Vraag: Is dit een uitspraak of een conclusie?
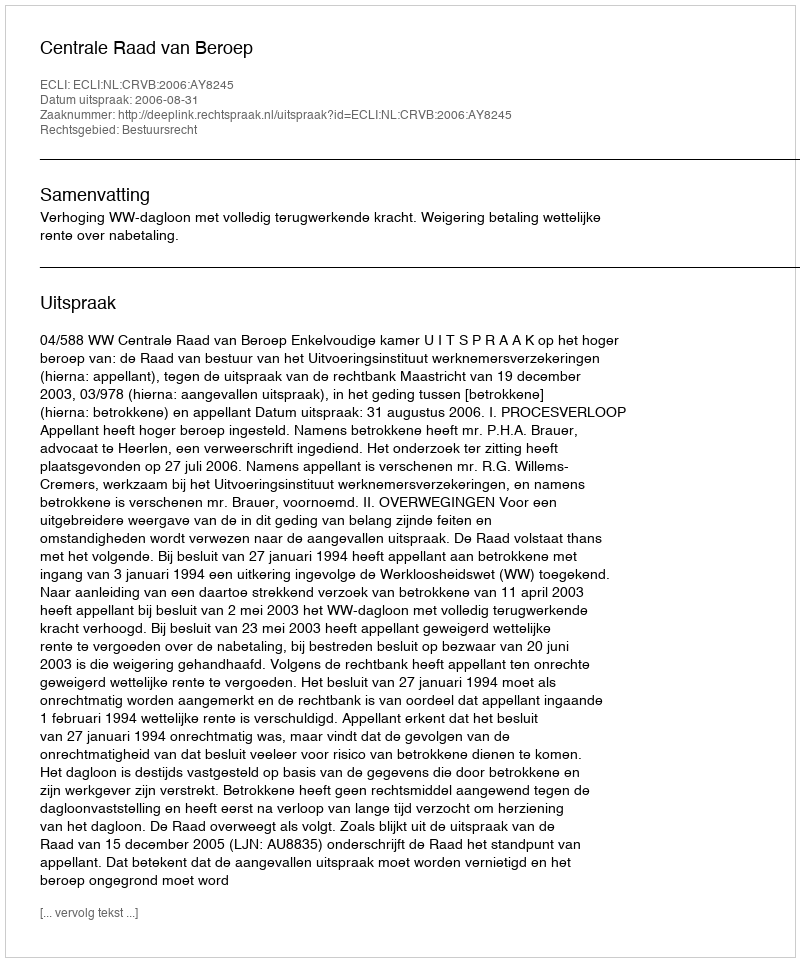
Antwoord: Uitspraak